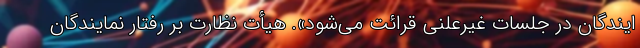
ایندگان در جلسات غیرعلنی قرائت می‌شود». هیأت نظارت بر رفتار نمایندگان